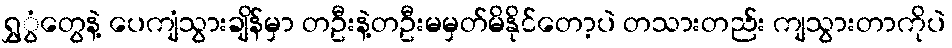
ရွှွံတွေနဲ့ ပေကျံသွားချိန်မှာ တဦးနဲ့တဦးမမှတ်မိနိုင်တော့ပဲ တသားတည်း ကျသွားတာကိုပဲ